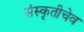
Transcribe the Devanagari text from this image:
संस्कृतीचेव